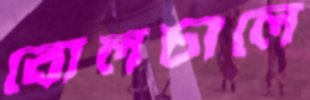
বোলচালে